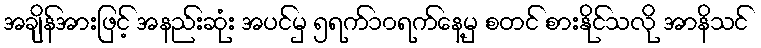
အချိန်အားဖြင့် အနည်းဆုံး အပင်မှ ၅ရက်၁၀ရက်နေ့မှ စတင် စားနိုင်သလို အာနိသင်